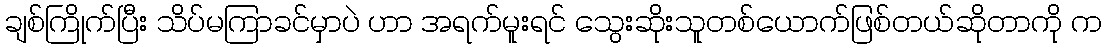
ချစ်ကြိုက်ပြီး သိပ်မကြာခင်မှာပဲ ဟာ အရက်မူးရင် သွေးဆိုးသူတစ်ယောက်ဖြစ်တယ်ဆိုတာကို က